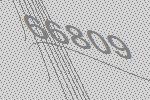
66809